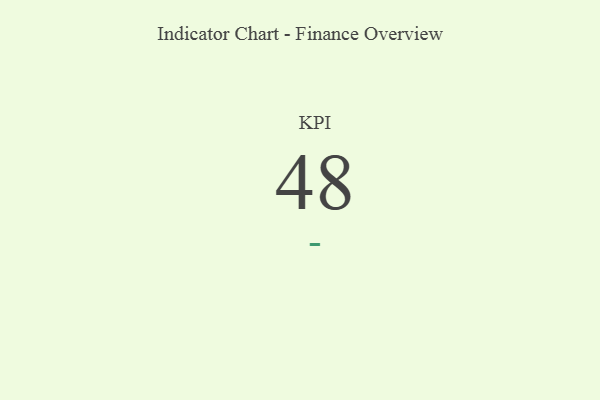
{"axis": {"x": "KPI", "y": "Value"}, "legend": [""], "data": [{"x": "KPI", "y": 48, "type": ""}]}